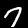
Digit: 7